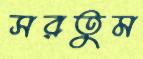
সরতুম